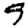
Digit: 9